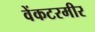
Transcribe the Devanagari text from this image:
वेंकटरमीर